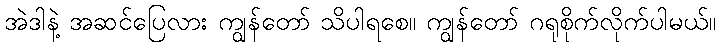
အဲဒါနဲ့ အဆင်ပြေလား ကျွန်တော် သိပါရစေ။ ကျွန်တော် ဂရုစိုက်လိုက်ပါမယ်။